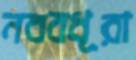
নববধূরা